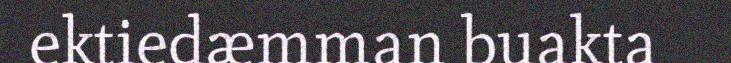
ektiedæmman buakta